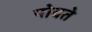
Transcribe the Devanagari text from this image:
पोवते